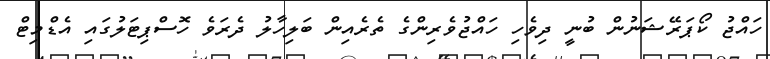
ހައްޖު ކޯޕަރޭޝަނުން ބުނީ ދިވެހި ހައްޖުވެރިންގެ ތެރެއިން ބަލިހާލު ދެރަވެ ހޮސްޕިޓަލުގައި އެޑްމިޓް